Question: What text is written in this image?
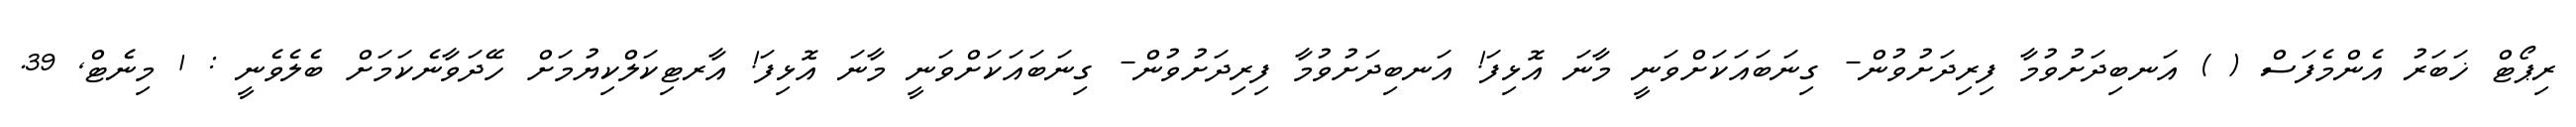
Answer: ރިޕޯޓް ޚަބަރު އެންމެފަސް ( ) އަނބިދަށުވުމާ ފިރިދަށުވުން- ގިނަބައަކަށްވަނީ މާނަ އޮޅިފަ! އަނބިދަށުވުމާ ފިރިދަށުވުން- ގިނަބައަކަށްވަނީ މާނަ އޮޅިފަ! އާރޓިކަލްކިޔުމަށް ހޭދަވާނެކަމަށް ބެލެވެނީ : 1 މިނެޓް, 39.